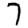
Digit: 7